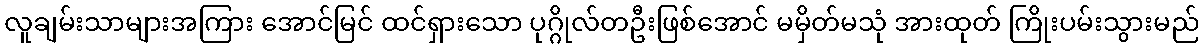
လူချမ်းသာများအကြား အောင်မြင် ထင်ရှားသော ပုဂ္ဂိုလ်တဦးဖြစ်အောင် မမှိတ်မသုံ အားထုတ် ကြိုးပမ်းသွားမည်